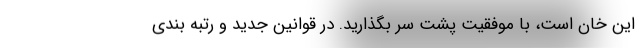
این خان است، با موفقیت پشت سر بگذارید. در قوانین جدید و رتبه بندی